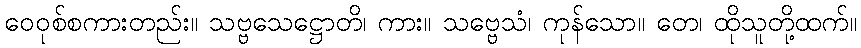
ဝေဝုစ်စကားတည်း။ သဗ္ဗသေဋ္ဌောတိ၊ ကား။ သဗ္ဗေသံ၊ ကုန်သော။ တေ၊ ထိုသူတို့ထက်။